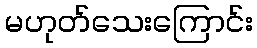
မဟုတ်သေးကြောင်း